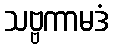
သဗ္ဗကာမဒံ